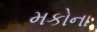
મકોના